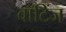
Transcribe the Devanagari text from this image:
वॉटिंज